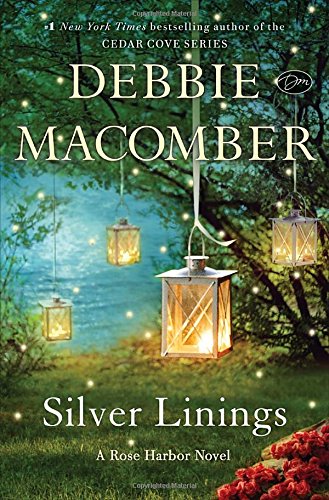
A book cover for Silver Linings: A Rose Harbor Novel; Debbie Macomber; Romance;